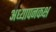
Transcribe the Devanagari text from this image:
अध्यापनकक्ष